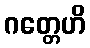
ဂတ္တေဟိ